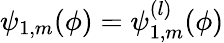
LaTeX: \psi_{1,m}(\phi)=\psi_{1,m}^{(l)}(\phi)